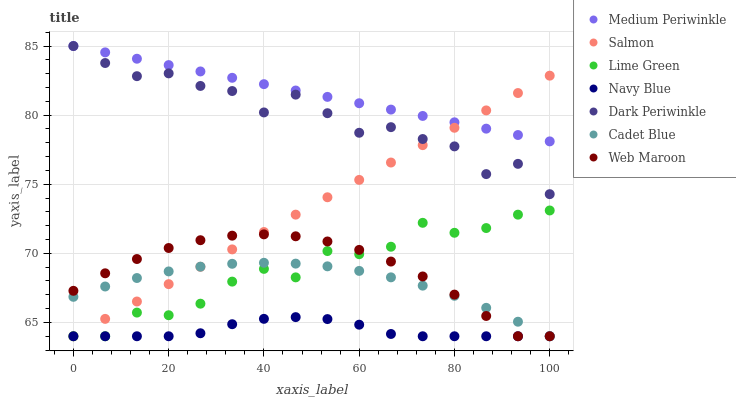
| xaxis_label | Medium Periwinkle | Salmon | Lime Green | Navy Blue | Dark Periwinkle | Cadet Blue | Web Maroon |
 | --- | --- | --- | --- | --- | --- | --- | --- |
 | 0 | 85 | 64 | 64 | 64 | 85 | 66.9 | 67.3 |
 | 6.67 | 84.5 | 65.3 | 64 | 64 | 83.8 | 67.6 | 68.6 |
 | 13.3 | 84.1 | 66.5 | 65.7 | 64 | 82.8 | 68.2 | 69.6 |
 | 20 | 83.6 | 67.8 | 65.5 | 64 | 83 | 68.7 | 70.4 |
 | 26.7 | 83.2 | 69 | 66.4 | 64.2 | 82.1 | 69 | 70.9 |
 | 33.3 | 82.7 | 70.3 | 68 | 64.9 | 81.7 | 69.2 | 71.3 |
 | 40 | 82.2 | 71.5 | 68.9 | 65.3 | 80.2 | 69.3 | 71.4 |
 | 46.7 | 81.8 | 72.8 | 68.3 | 65.4 | 81.5 | 69.3 | 71.2 |
 | 53.3 | 81.3 | 74.1 | 70.2 | 65.2 | 80.1 | 69.1 | 70.9 |
 | 60 | 80.9 | 75.3 | 69.9 | 64.8 | 78.7 | 68.7 | 70.2 |
 | 66.7 | 80.4 | 76.6 | 70.5 | 64.2 | 79.1 | 68.3 | 69.4 |
 | 73.3 | 79.9 | 77.8 | 72.2 | 64 | 78.3 | 67.7 | 68.3 |
 | 80 | 79.5 | 79.1 | 71.5 | 64 | 77.7 | 66.9 | 67 |
 | 86.7 | 79 | 80.3 | 71.8 | 64 | 75.7 | 66.1 | 65.5 |
 | 93.3 | 78.6 | 81.6 | 72.8 | 64 | 76.5 | 65.1 | 64 |
 | 100 | 78.1 | 82.9 | 73.1 | 64 | 74.3 | 64 | 64 |